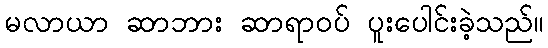
မလာယာ ဆာဘား ဆာရာဝပ် ပူးပေါင်းခဲ့သည်။